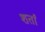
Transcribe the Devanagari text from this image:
शर्तां